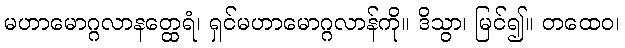
မဟာမောဂ္ဂလာနတ္ထေရံ၊ ရှင်မဟာမောဂ္ဂလာန်ကို။ ဒိသွာ၊ မြင်၍။ တထေဝ၊